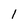
Character: l